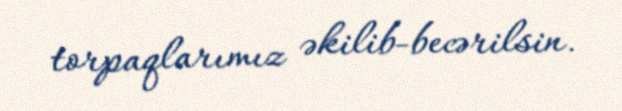
torpaqlarımız əkilib-becərilsin.